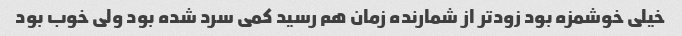
خیلی خوشمزه بود زودتر از شمارنده زمان هم رسید کمی سرد شده بود ولی خوب بود